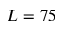
L = 7 5